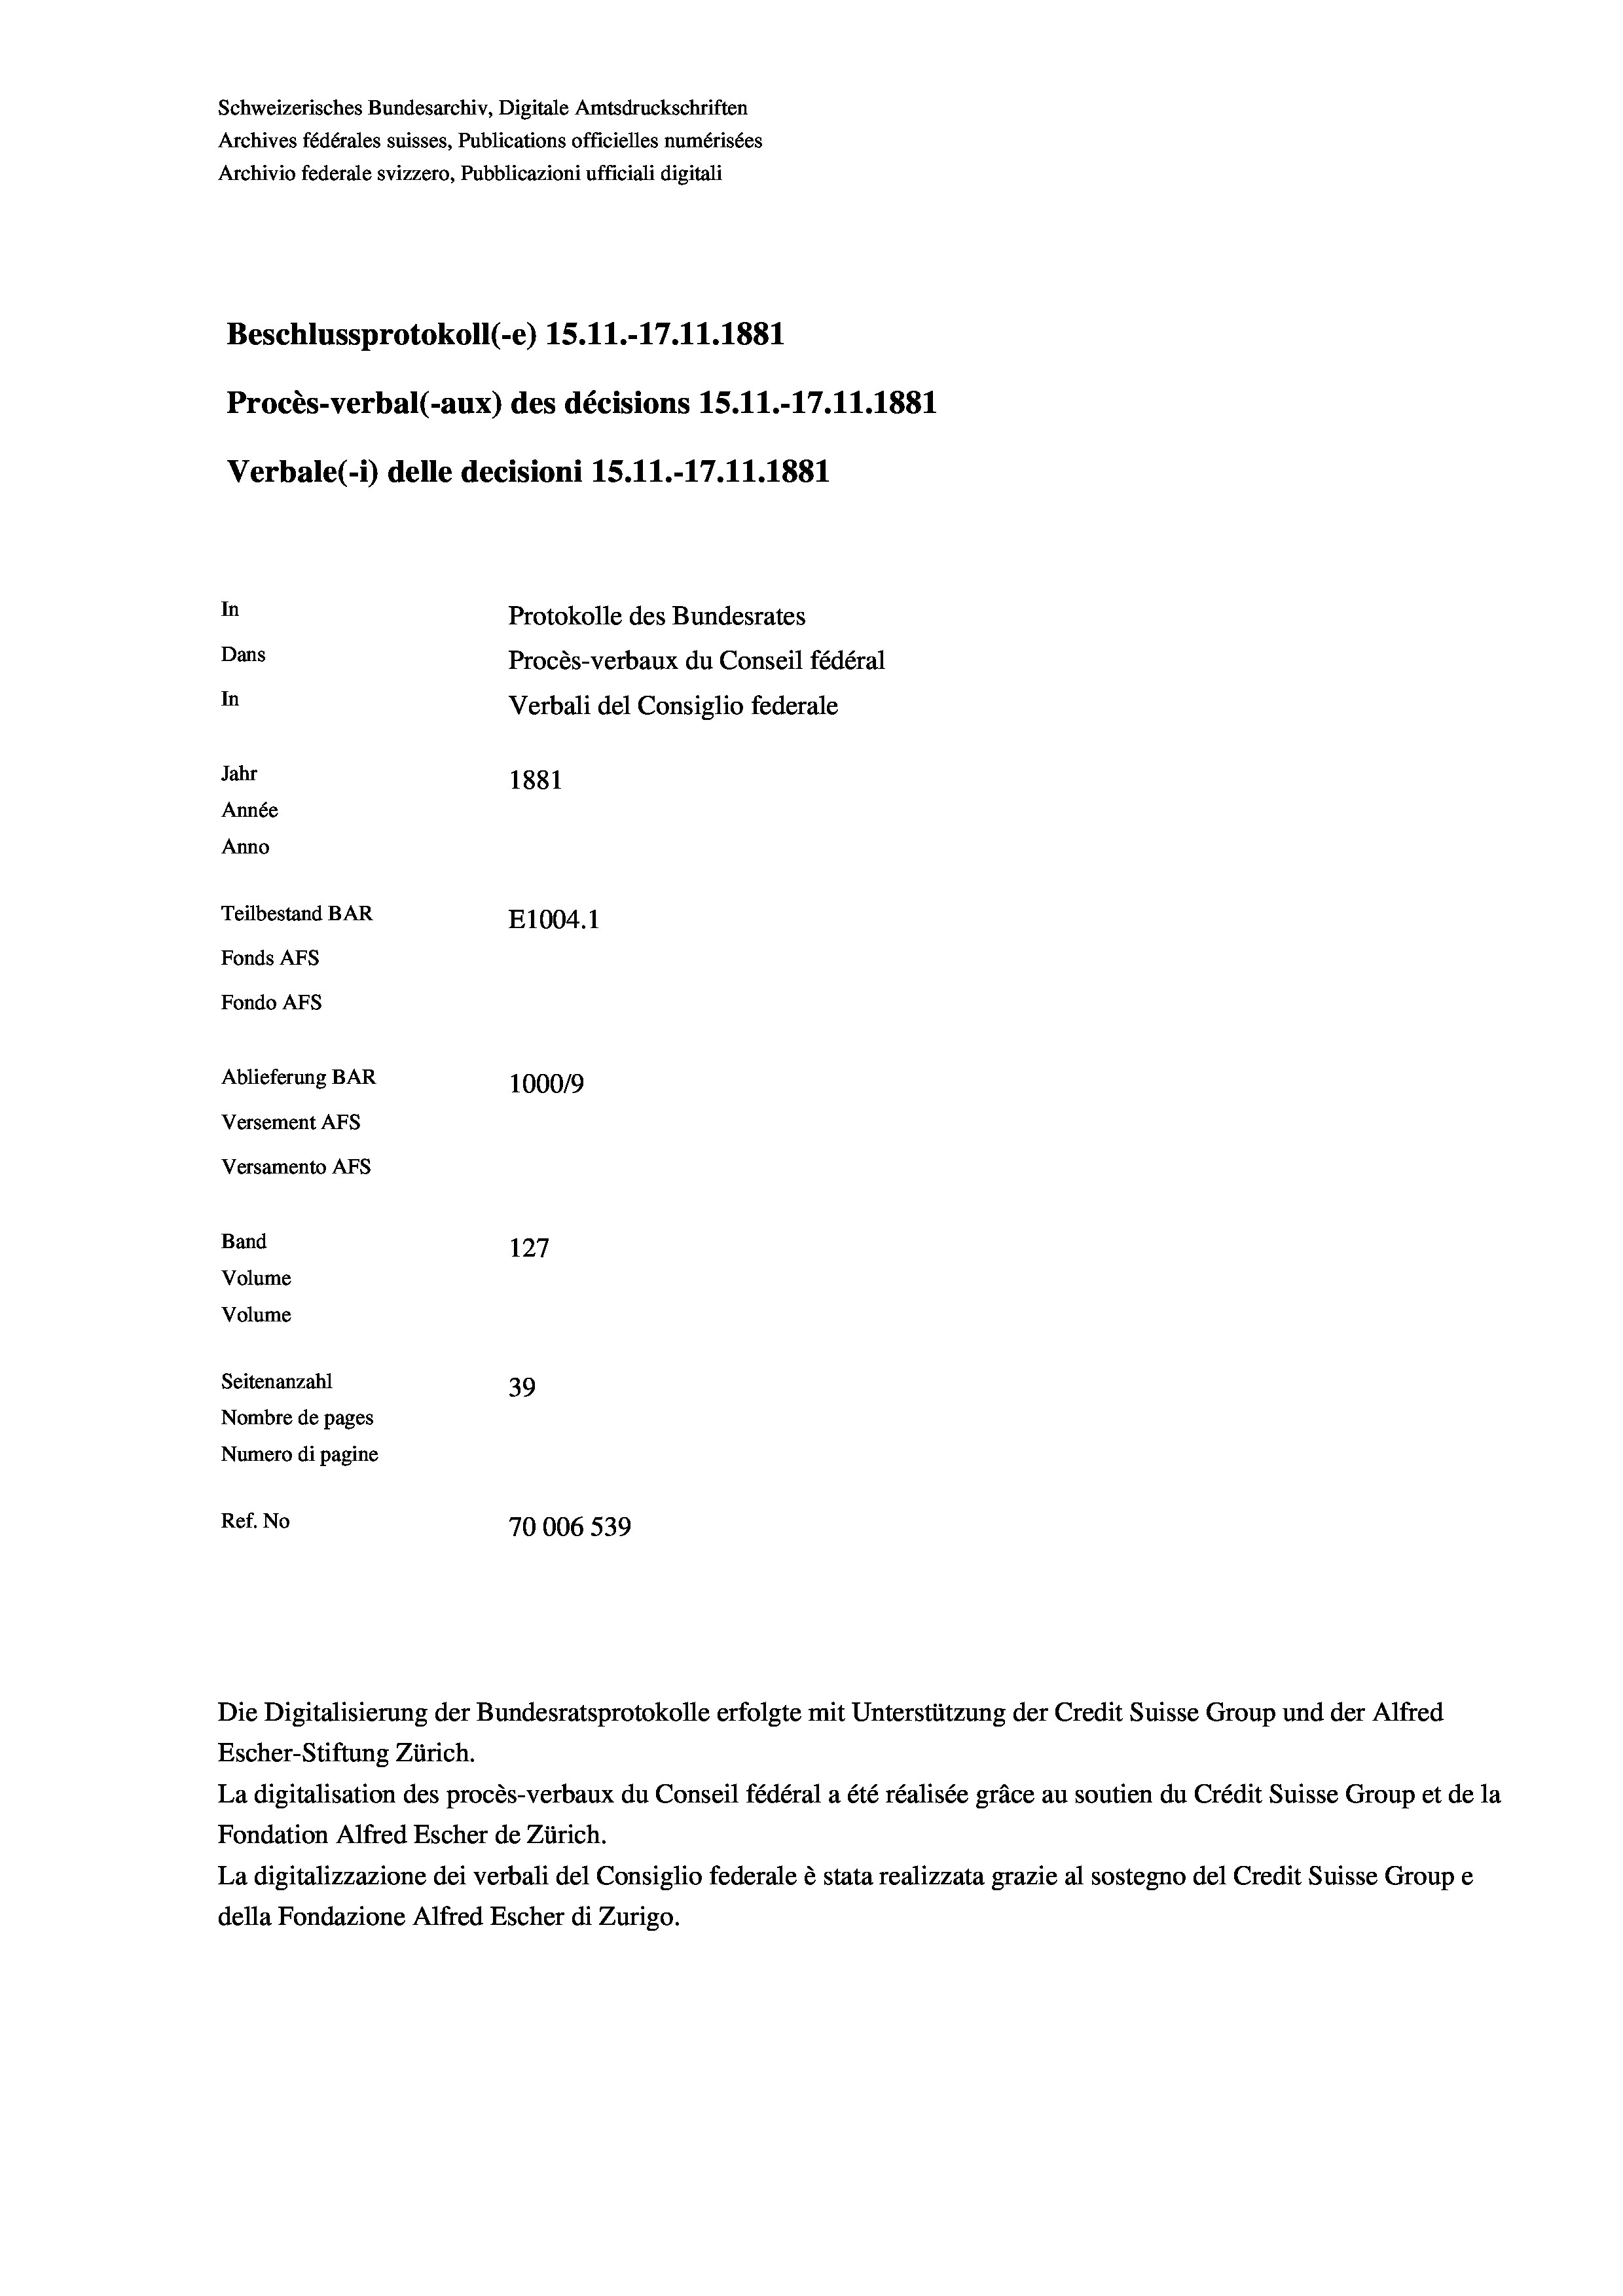
Schweizerisches Bundesarchiv, Digitale Amtsdruckschriften
Archives fédérales suisses, Publications officielles numérisées
Archivio federale svizzero, Pubblicazioni ufficiali digitali
Beschlussprotokoll (-e) 15.11.-17.11.1881
Procès-verbal (-aux) des décisions 15.11.-17.11.1881
Verbale (- 1) delle decisioni 15.11.-17.11.1881
In
Protokolle des Bundesrates
Dans
Procès-verbaux du Conseil fédéral
In
Verbali del Consiglio federale
Jahr
1881
Année
Anno
Teilbestand BAR
E1004. 1
Fonds AFs
Fondo Afs
Ablieferung BAR
100019
Versement AFs
Versamento AFS
Band
127
Volume
Volume
Seitenanzahl
39
Nombre de pages
Numero di pagine
Ref. No
70006 539

Die Digitalisierung der Bundesratsprotokolle erfolgte mit Unterstützung der Credit Suisse Group und der Alfred
Escher-Stiftung Zürich.
La digitalisation des procès-verbaux du Conseil fédéral a été réalisée gräce au soutien du Crédit Suisse Group et de la
Fondation Alfred Escher de Zürich.
La digitalizzazione dei verbali del Consiglio federale è stata realizzata grazie al sostegno del Credit Suisse Groupe
della Fondazione Alfred Escher di Zurigo.